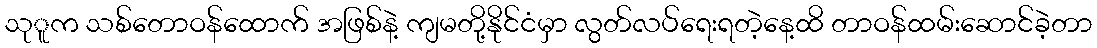
သုူက သစ်တောဝန်ထောက် အဖြစ်နဲ့ ကျမတို့နိုင်ငံမှာ လွတ်လပ်ရေးရတဲ့နေ့ထိ တာဝန်ထမ်းဆောင်ခဲ့တာ